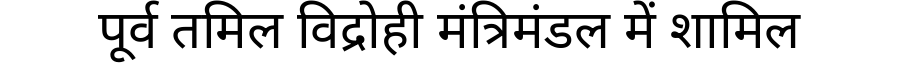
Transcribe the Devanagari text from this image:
पूर्व तमिल विद्रोही मंत्रिमंडल में शामिल